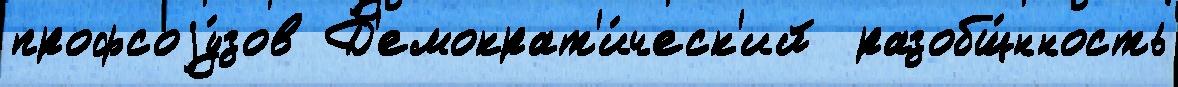
профсоjу́зов Д'емократ'и́ческ'ий  разобщ́нность